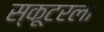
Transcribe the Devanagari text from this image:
स्कूटरला